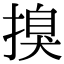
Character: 搝